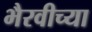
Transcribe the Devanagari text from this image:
भैरवीच्या